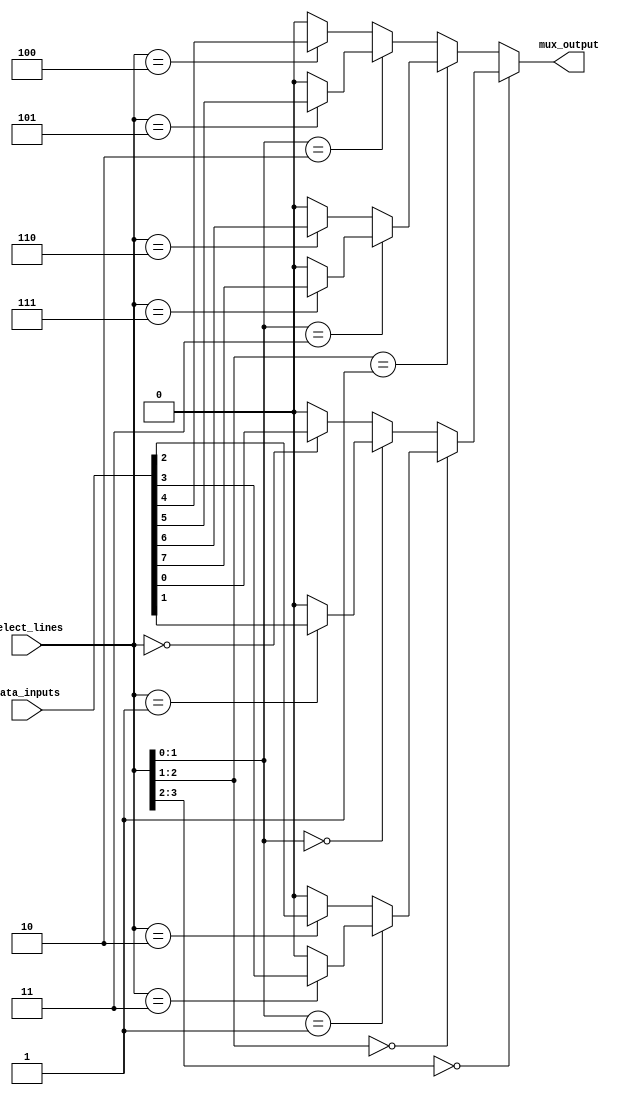
module mux_16x1 (
  input wire [15:0] data_inputs,
  input wire [3:0] select_lines,
  output wire mux_output
);

  wire [7:0] intermediate_outputs [0:15];

  genvar i;
  generate
    for (i = 0; i < 16; i = i + 1) begin
      assign intermediate_outputs[i] = (select_lines == i) ? data_inputs[i] : 0;
    end
  endgenerate

  genvar j;
  generate
    for (j = 0; j < 8; j = j + 1) begin
      assign intermediate_outputs[j] = (select_lines[1:0] == j) ? intermediate_outputs[j*2+1] :
      intermediate_outputs[j*2];
    end
  endgenerate

  genvar k;
  generate
    for (k = 0; k < 4; k = k + 1) begin
      assign intermediate_outputs[k] = (select_lines[2:1] == k) ? intermediate_outputs[k*2+1] : intermediate_outputs[k*2];
    end
  endgenerate

  assign mux_output = (select_lines[3:2] == 0) ? intermediate_outputs[0] : intermediate_outputs[1];

endmodule